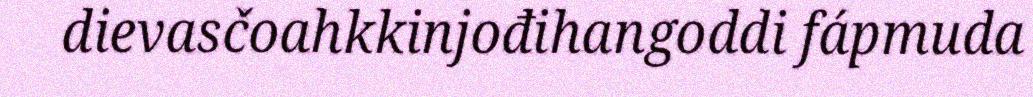
dievasčoahkkinjođihangoddi fápmuda